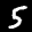
Label: 5